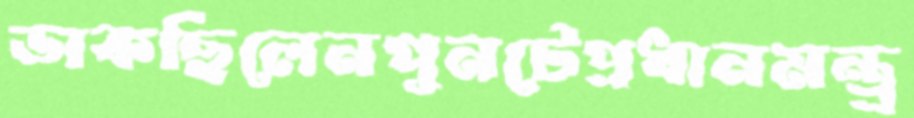
ডাকছিলেনপুনটেপ্রধানমন্ত্র